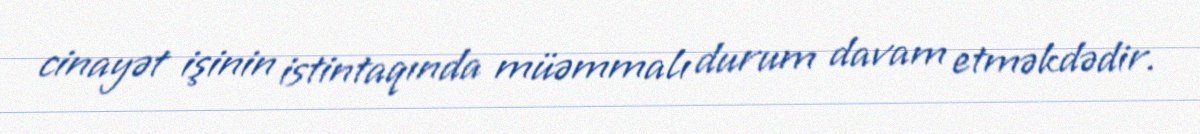
cinayət işinin istintaqında müəmmalı durum davam etməkdədir.